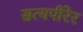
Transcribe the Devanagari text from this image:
सत्यपीरेर